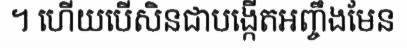
។ ហើយបើសិនជាបង្កើតអញ្ចឹងមែន